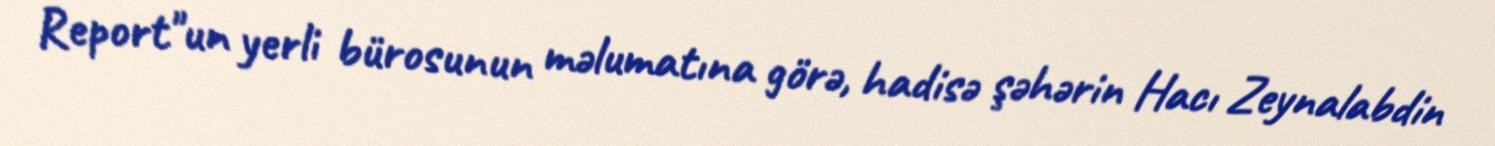
Report"un yerli bürosunun məlumatına görə, hadisə şəhərin Hacı Zeynalabdin